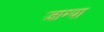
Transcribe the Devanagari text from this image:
जाग्या